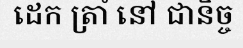
ដេក ត្រាំ នៅ ជានិច្ច